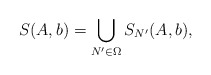
\begin{align*}S(A,b)=\bigcup_{N'\in\Omega} S_{N'}(A,b),\end{align*}